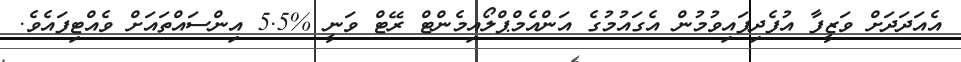
އެއަދަދަށް ވަޒީފާ އުފެދިފައިވުމުން އެގައުމުގެ އަންއެމްޕްލޯއިމެންޓް ރޭޓް ވަނީ %5.5 އިންސައްތައަށް ވެއްޓިފައެވެ.